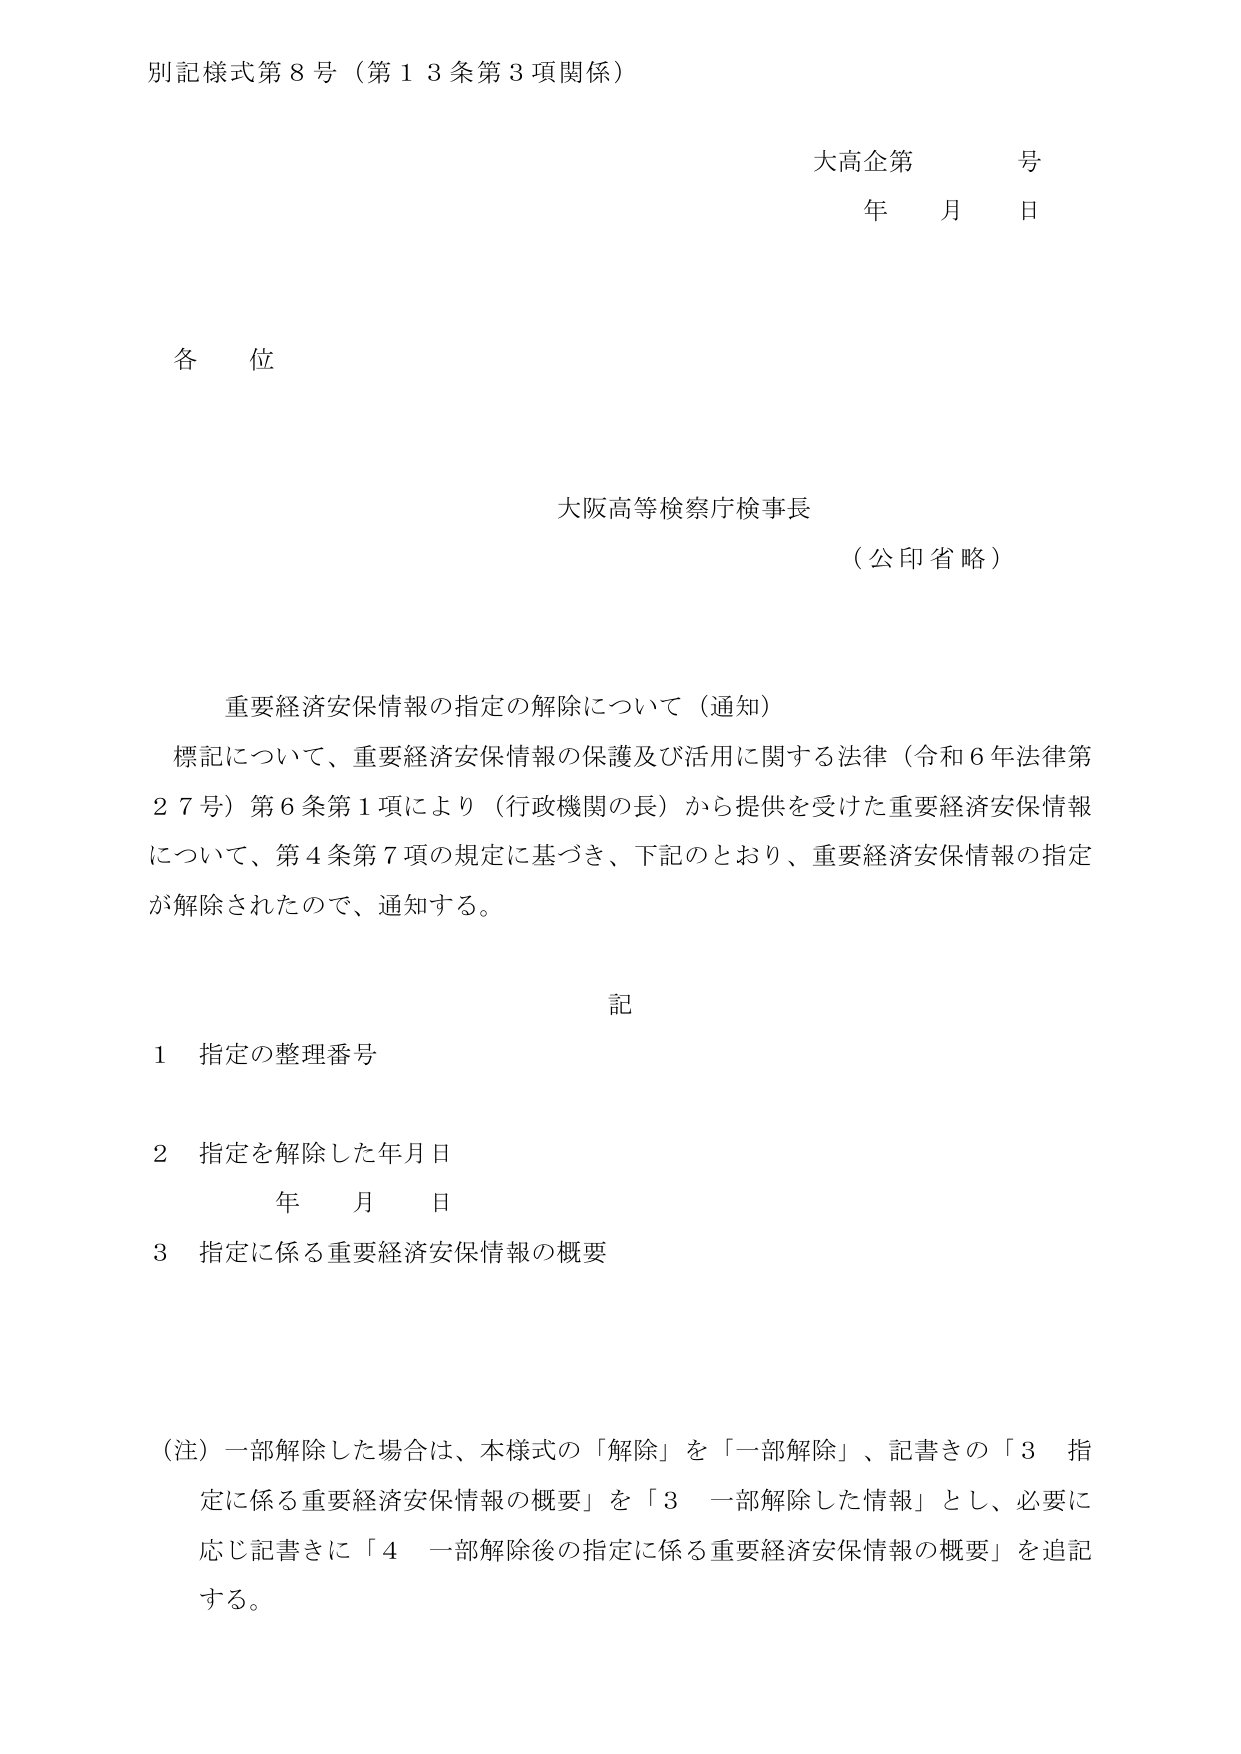
別記様式第８号（第１３条第３項関係）

大高企第　　号
年　　月　　日

各位

大阪高等検察庁検事長
（公印省略）

重要経済安保情報の指定の解除について（通知）
標記について、重要経済安保情報の保護及び活用に関する法律（令和６年法律第２７号）第６条第１項により（行政機関の長）から提供を受けた重要経済安保情報について、第４条第７項の規定に基づき、下記のとおり、重要経済安保情報の指定が解除されたので、通知する。

記
１　指定の整理番号
２　指定を解除した年月日
　　　年　　月　　日
３　指定に係る重要経済安保情報の概要

（注）一部解除した場合は、本様式の「解除」を「一部解除」、記書きの「３　指定に係る重要経済安保情報の概要」を「３　一部解除した情報」とし、必要に応じ記書きに「４　一部解除後の指定に係る重要経済安保情報の概要」を追記する。